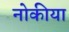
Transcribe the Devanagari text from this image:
नोकीया